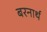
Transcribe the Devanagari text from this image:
बरनार्थ